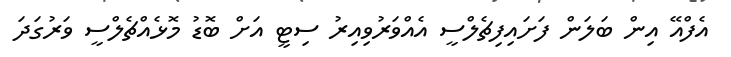
އެފްއޭ އިން ބަލަން ފަށައިފިޗެލްސީ އެއްވަރުވިއިރު ސިޓީ އަށް ބޮޑު މޮޅެއްޗެލްސީ ވަރުގަދަ